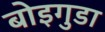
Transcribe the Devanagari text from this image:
बोइगुडा